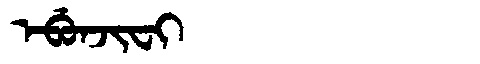
Manchu: ᡝᠪᡠᠨᠵᡳᠸᡳ
Romanization: EBUNJIFI